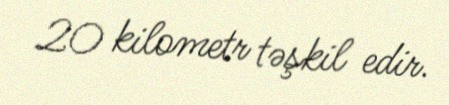
20 kilometr təşkil edir.